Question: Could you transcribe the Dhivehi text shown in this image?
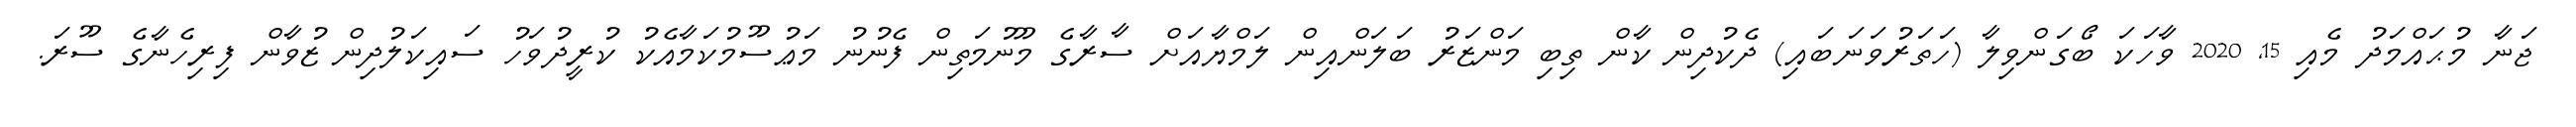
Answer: ޖަނާ މުޙައްމަދު މެއި 15, 2020 ވާހަކަ ބޯގަންވިލާ (ހަތަރުވަނަބައި) ދެކުދިން ކާން ތިބި މަންޒަރު ބަލަންއިން ލަމްޔާއަށް ސާރާގެ މޫނުމަތިން ފެނުނު މަޢުސޫމުކަމާއެކު ކުރީދުވަހު ސައިކަލުދިން ޒުވާން ފިރިހެނާގެ ސޫރަ.